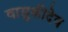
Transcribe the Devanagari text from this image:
वासुकीदेव